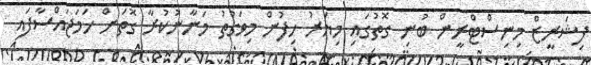
ފިޝަރީޒް މިނިސްޓްރީން ބުނި ގޮތުގައި މިޔަރު ހިފުން މިވަގުތު މަނާނުކުރާ ގޮތަށް ހަމަޖައްސާފައި